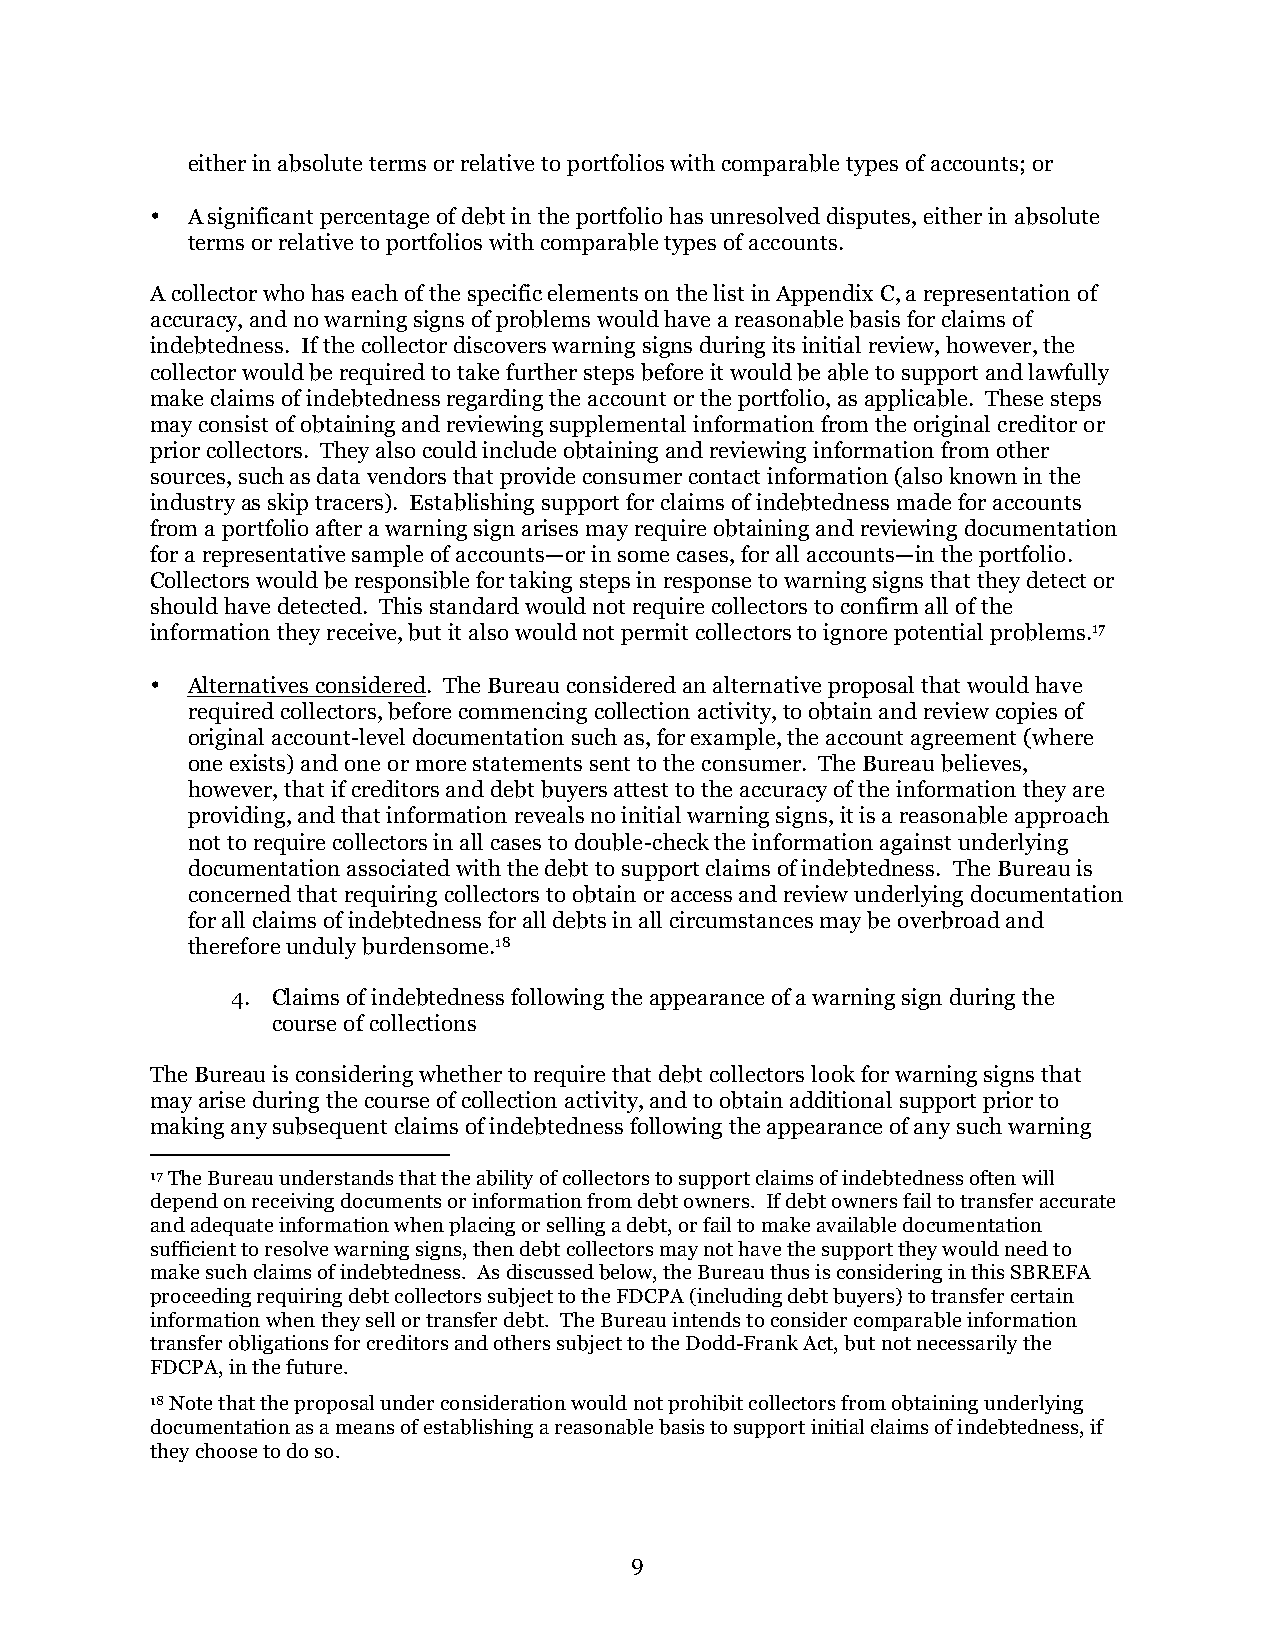
either in absolute terms or relative to portfolios with comparable types of accounts; or
 • A significant percentage of debt in the portfolio has unresolved disputes, either in absolute
 terms or relative to portfolios with comparable types of accounts.
 A collector who has each of the specific elements on the list in Appendix C, a representation of
 accuracy, and no warning signs of problems would have a reasonable basis for claims of
 indebtedness. If the collector discovers warning signs during its initial review, however, the
 collector would be required to take further steps before it would be able to support and lawfully
 make claims of indebtedness regarding the account or the portfolio, as applicable. These steps
 may consist of obtaining and reviewing supplemental information from the original creditor or
 prior collectors. They also could include obtaining and reviewing information from other
 sources, such as data vendors that provide consumer contact information (also known in the
 industry as skip tracers). Establishing support for claims of indebtedness made for accounts
 from a portfolio after a warning sign arises may require obtaining and reviewing documentation
 for a representative sample of accounts—or in some cases, for all accounts—in the portfolio.
 Collectors would be responsible for taking steps in response to warning signs that they detect or
 should have detected. This standard would not require collectors to confirm all of the
 information they receive, but it also would not permit collectors to ignore potential problems.17
 • Alternatives considered. The Bureau considered an alternative proposal that would have
 required collectors, before commencing collection activity, to obtain and review copies of
 original account-level documentation such as, for example, the account agreement (where
 one exists) and one or more statements sent to the consumer. The Bureau believes,
 however, that if creditors and debt buyers attest to the accuracy of the information they are
 providing, and that information reveals no initial warning signs, it is a reasonable approach
 not to require collectors in all cases to double-check the information against underlying
 documentation associated with the debt to support claims of indebtedness. The Bureau is
 concerned that requiring collectors to obtain or access and review underlying documentation
 for all claims of indebtedness for all debts in all circumstances may be overbroad and
 therefore unduly burdensome.18
 4. Claims of indebtedness following the appearance of a warning sign during the
 course of collections
 The Bureau is considering whether to require that debt collectors look for warning signs that
 may arise during the course of collection activity, and to obtain additional support prior to
 making any subsequent claims of indebtedness following the appearance of any such warning
 17 The Bureau understands that the ability of collectors to support claims of indebtedness often will
 depend on receiving documents or information from debt owners. If debt owners fail to transfer accurate
 and adequate information when placing or selling a debt, or fail to make available documentation
 sufficient to resolve warning signs, then debt collectors may not have the support they would need to
 make such claims of indebtedness. As discussed below, the Bureau thus is considering in this SBREFA
 proceeding requiring debt collectors subject to the FDCPA (including debt buyers) to transfer certain
 information when they sell or transfer debt. The Bureau intends to consider comparable information
 transfer obligations for creditors and others subject to the Dodd-Frank Act, but not necessarily the
 FDCPA, in the future.
 18 Note that the proposal under consideration would not prohibit collectors from obtaining underlying
 documentation as a means of establishing a reasonable basis to support initial claims of indebtedness, if
 they choose to do so.
 9